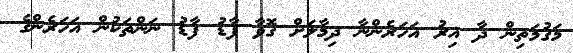
މަގުމަތިން ދާ އިރު އަހަރެންނާ ދިމާލަށް ގޮވާ ފާޑު ފާޑު ނަންތަކުން އަހަރެންގެ